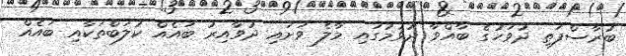
ބުރާސްފަތި ދުވަހުގެ ބާއްވާ ދުވުމުގައި މާލެ ވަށައި ދުވާއިރު ބައެއް ކުލަބްތަކާއި ބައެއް